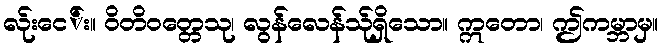
လ်ုးငေ်း။ ဝိတိဝတ္တေသု၊ လွန်လေန်သု်ရှိသော။ ဣတော၊ ဤကမ္ဘာမှ။